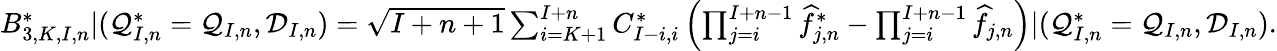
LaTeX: \begin{array}{r}{B_{3,K,I,n}^{*}|(\mathcal{Q}_{I,n}^{*}=\mathcal{Q}_{I,n},\mathcal{D}_{I,n})=\sqrt{I+n+1}\sum_{i=K+1}^{I+n}C_{I-i,i}^{*}\left(\prod_{j=i}^{I+n-1}\widehat{f}_{j,n}^{*}-\prod_{j=i}^{I+n-1}\widehat{f}_{j,n}\right)|(\mathcal{Q}_{I,n}^{*}=\mathcal{Q}_{I,n},\mathcal{D}_{I,n}).}\end{array}